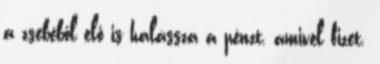
a zsebéből elő is halássza a pénzt, amivel fizet.